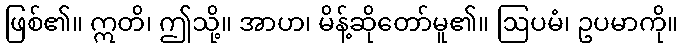
ဖြစ်၏။ ဣတိ၊ ဤသို့။ အာဟ၊ မိန့်ဆိုတော်မူ၏။ ဩပမံ၊ ဥပမာကို။